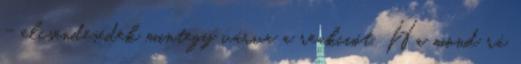
- elcsendesedek mintegy várva a reakciót. Ha mond rá